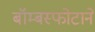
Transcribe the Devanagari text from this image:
बॉम्बस्फोटाने